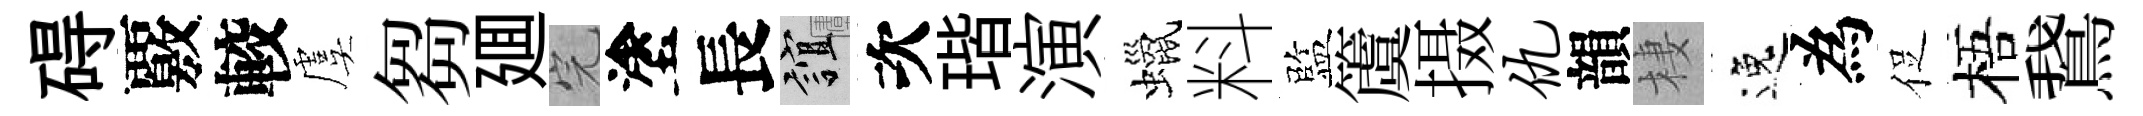
碍覈較虞芻廽完塗長誼次瑎演蠟料監𥵂摄仇韻棲逸為促梧鵞